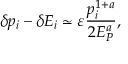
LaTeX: \delta p _ { i } - \delta E _ { i } \simeq \varepsilon \frac { p _ { i } ^ { 1 + a } } { 2 E _ { P } ^ { a } } ,